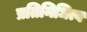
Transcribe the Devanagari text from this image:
प्रतिनिधित्व